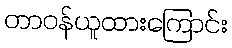
တာဝန်ယူထားကြောင်း